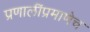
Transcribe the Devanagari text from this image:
प्रणालींप्रमाणेच